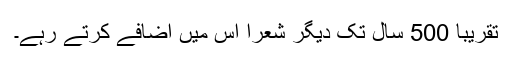
تقریباً 500 سال تک دیگر شعرا اس میں اضافے کرتے رہے۔